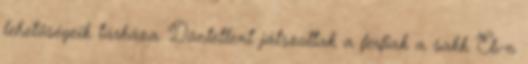
lehetőségeik tárháza. Döntetlent játszottak a férfiak a sakk Eb-n